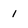
Character: 1